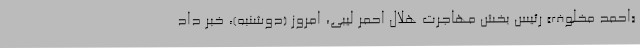
«احمد مخلوف» رئیس بخش مهاجرت هلال احمر لیبی، امروز (دوشنبه)، خبر داد